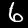
Label: 6